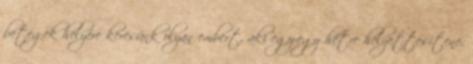
betegek helyére keresünk olyan embert, aki egy-egy hétre helyettesítene.